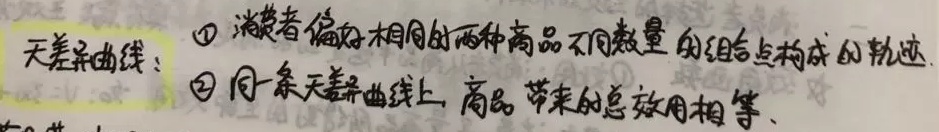
无差异曲线：\textcircled{1} 消费者偏好相同的两种商品不同数量的组合点构成的轨迹\textcircled{2} 同一条无差异曲线上，商品带来的总效用相等.